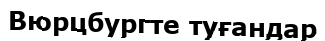
Вюрцбургте туғандар